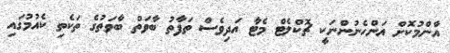
އާންމުކޮށް އަންހެނުންނަކީ ޗޮކްލެޓް މެޓާ އަދިވެސް ތަފާތު ބާވަތް ބާވަތުގެ ތަކެތި ކެއުމުގައި